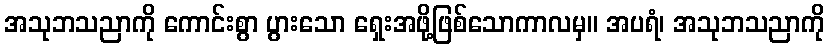
အသုဘသညာကို ကောင်းစွာ ပွားသော ရှေးအဖို့ဖြစ်သောကာလမှ။ အပရံ၊ အသုဘသညာကို